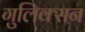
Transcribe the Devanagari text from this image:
गुलिक्सन